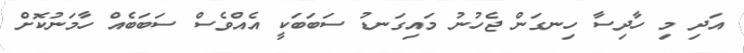
އަދި މި ހާދިސާ ހިނގަން ޖެހުނު މައިގަނޑު ސަބަބަކީ އެއްވެސް ސަބަބެއް ހާމަނުކޮށް